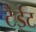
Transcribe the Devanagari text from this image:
टैईट